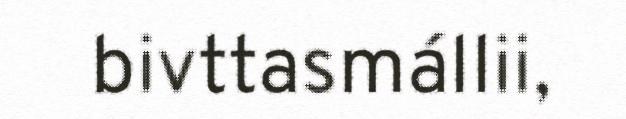
bivttasmállii,